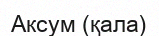
Аксум (қала)